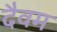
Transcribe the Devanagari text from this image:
दैवम